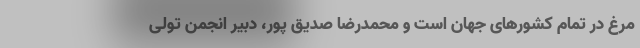
مرغ در تمام کشور‌های جهان است و محمدرضا صدیق پور، دبیر انجمن تولی